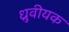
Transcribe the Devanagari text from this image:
ध्रुवीयक